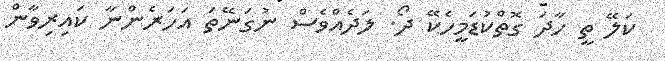
ކަލޭ ތީ ހާދަ ގޮތްކުޑަމީހެކޭ ދޯ. ލަދެއްވެސް ނުގަނޭތަ އަހަރެންނާ ކައިރިވާން